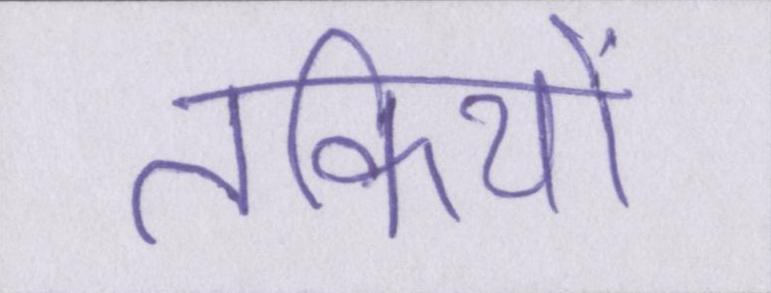
तकियों